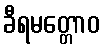
ခီရမတ္တောဝ